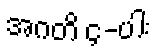
အဂတိ ၄-ပါး